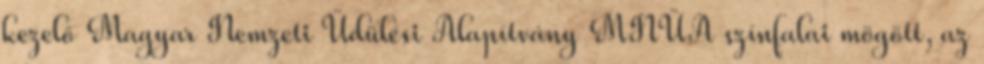
kezelő Magyar Nemzeti Üdülési Alapítvány MNÜA színfalai mögött, az